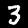
Digit: 3